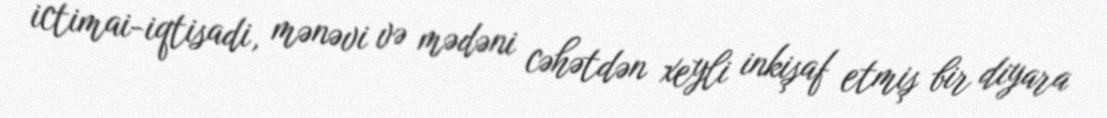
ictimai-iqtisadi, mənəvi və mədəni cəhətdən xeyli inkişaf etmiş bir diyara